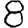
Digit: 8